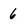
Character: 6